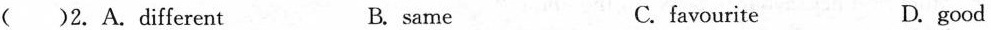
( )2.A.different B.same C.favourite D.good